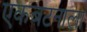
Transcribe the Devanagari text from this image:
एकबटनाला